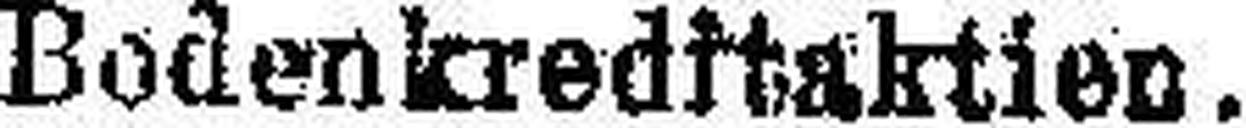
Bodenkreditaktien.